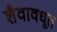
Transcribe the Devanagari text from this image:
शैवावधूत